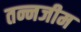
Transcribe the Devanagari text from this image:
तन्नजीम